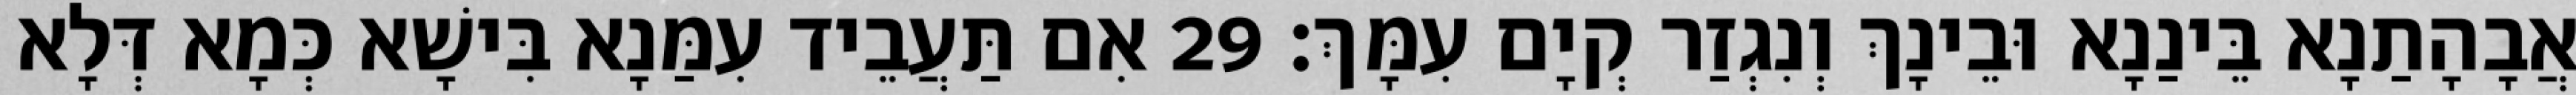
אֲבָהָתַנָא בֵּינַנָא וּבֵינָךְ וְנִגְזַר קְיָם עִמָּךְ׃ 29 אִם תַּעֲבֵיד עִמַּנָא בִּישָׁא כְּמָא דְּלָא